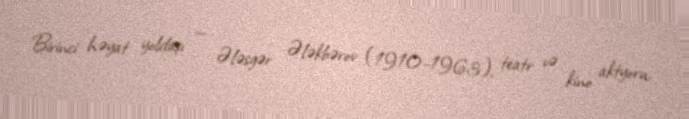
Birinci həyat yoldaşı — Ələsgər Ələkbərov (1910–1963), teatr və kino aktyoru,